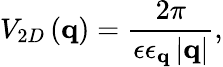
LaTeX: V_{2D}\left(\mathbf{q}\right)=\frac{2\pi}{\epsilon\epsilon_{\mathbf{q}}\left\vert\mathbf{q}\right\vert},